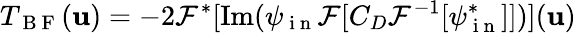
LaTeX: T_{\mathrm{~B~F~}}(\mathbf{u})=-2\mathcal{F}^{*}[\mathrm{Im}(\psi_{\mathrm{~i~n~}}\mathcal{F}[C_{D}\mathcal{F}^{-1}[\psi_{\mathrm{~i~n~}}^{*}]])](\mathbf{u})